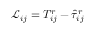
{ \mathcal { L } } _ { i j } = T _ { i j } ^ { r } - { \hat { \tau } } _ { i j } ^ { r }